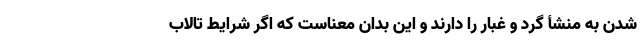
شدن به منشأ گرد و غبار را دارند و این بدان معناست که اگر شرایط تالاب